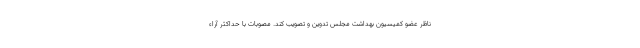
ناظر عضو کمیسیون بهداشت مجلس تدوین و تصویب کند. مصوبات با حداکثر آراء